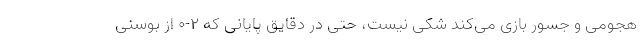
هجومی و جسور بازی می‌کند شکی نیست، حتی در دقایق پایانی که 2-0 از بوسنی